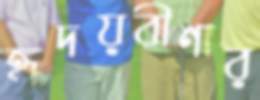
হৃদয়বীণার